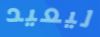
ليعيد